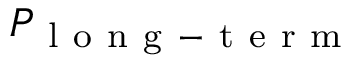
P _ { \mathrm { ~ l ~ o ~ n ~ g ~ - ~ t ~ e ~ r ~ m ~ } }